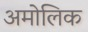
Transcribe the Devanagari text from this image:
अमोलिक